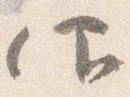
仰